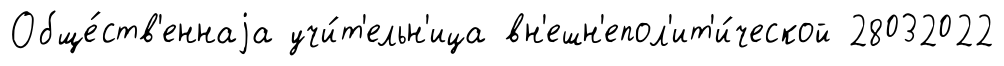
Обще́ств'еннаjа учи́т'ельн'ица вн'ешн'епол'ит'и́ческой 28032022